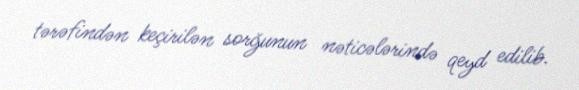
tərəfindən keçirilən sorğunun nəticələrində qeyd edilib.